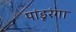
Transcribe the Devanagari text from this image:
पांडूरंगा